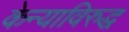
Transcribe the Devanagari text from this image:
केन्याविरुद्ध